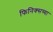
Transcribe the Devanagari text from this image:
फिनिक्सच्या